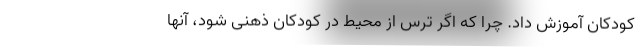
کودکان آموزش داد. چرا که اگر ترس از محیط در کودکان ذهنی شود، آنها